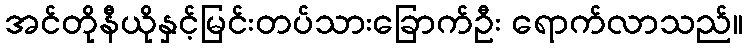
အင်တိုနီယိုနှင့်မြင်းတပ်သားခြောက်ဦး ရောက်လာသည်။